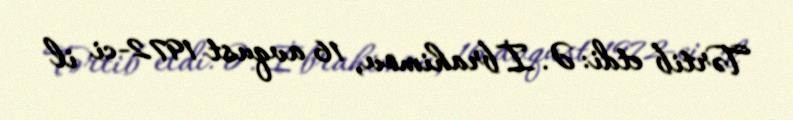
Tərtib etdi: Ə. İbrahimov, 16 avqust 1972-ci il